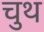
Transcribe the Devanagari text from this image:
चुथ